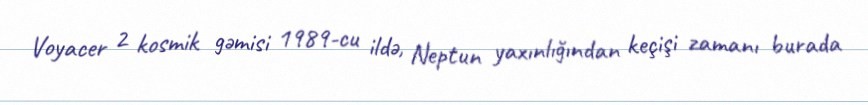
Voyacer 2 kosmik gəmisi 1989-cu ildə, Neptun yaxınlığından keçişi zamanı burada